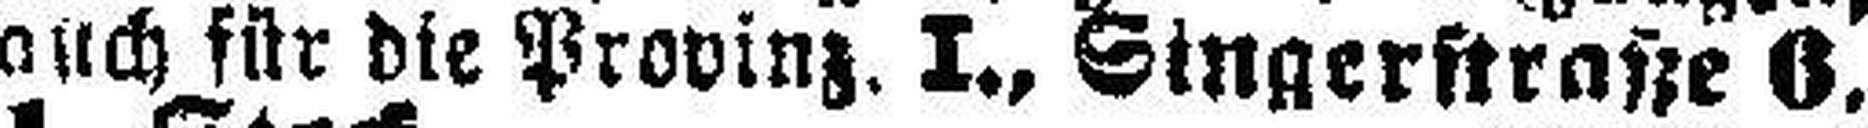
auch für die Provinz. I., Singerstraße 6,